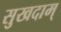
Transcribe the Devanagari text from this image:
सुखदाम्